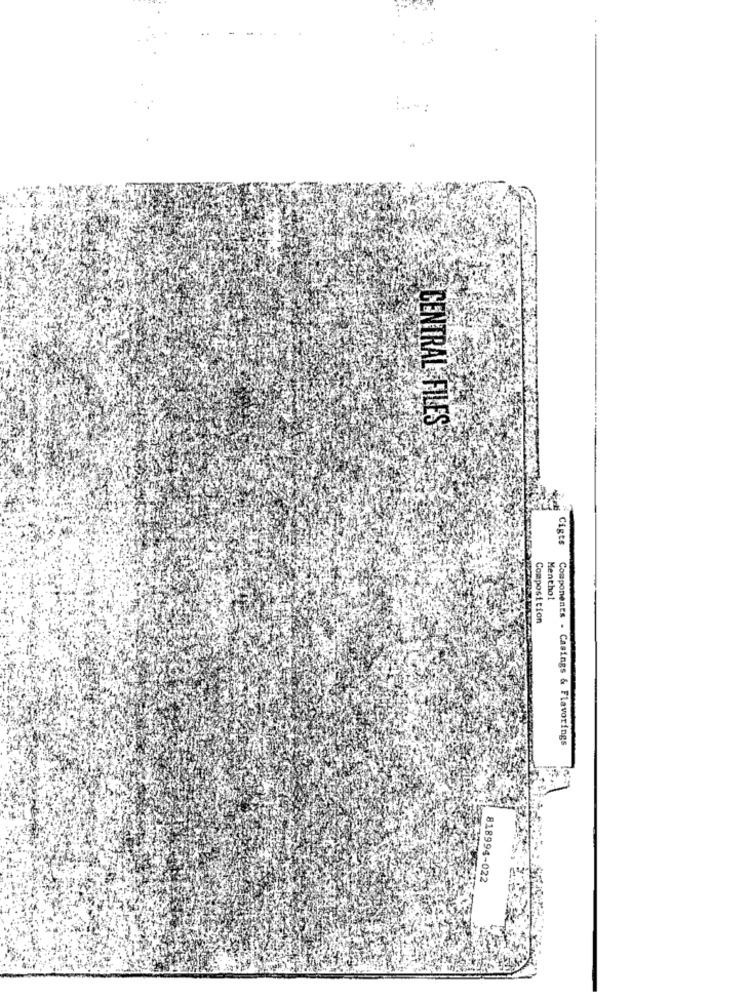
CENTRAL FILES
Ciges
Menthol
Composition
Components - Casings & Flavorings
818994-022